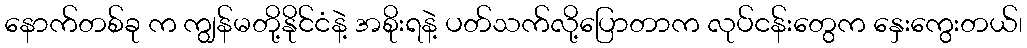
နောက်တစ်ခု က ကျွန်မတို့နိုင်ငံနဲ့ အစိုးရနဲ့ ပတ်သက်လို့ပြောတာက လုပ်ငန်းတွေက နှေးကွေးတယ်၊